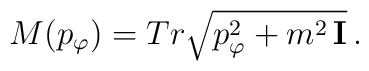
M(p_\varphi)=Tr\sqrt{p_\varphi^2+m^2\,{\bf I}}\,.